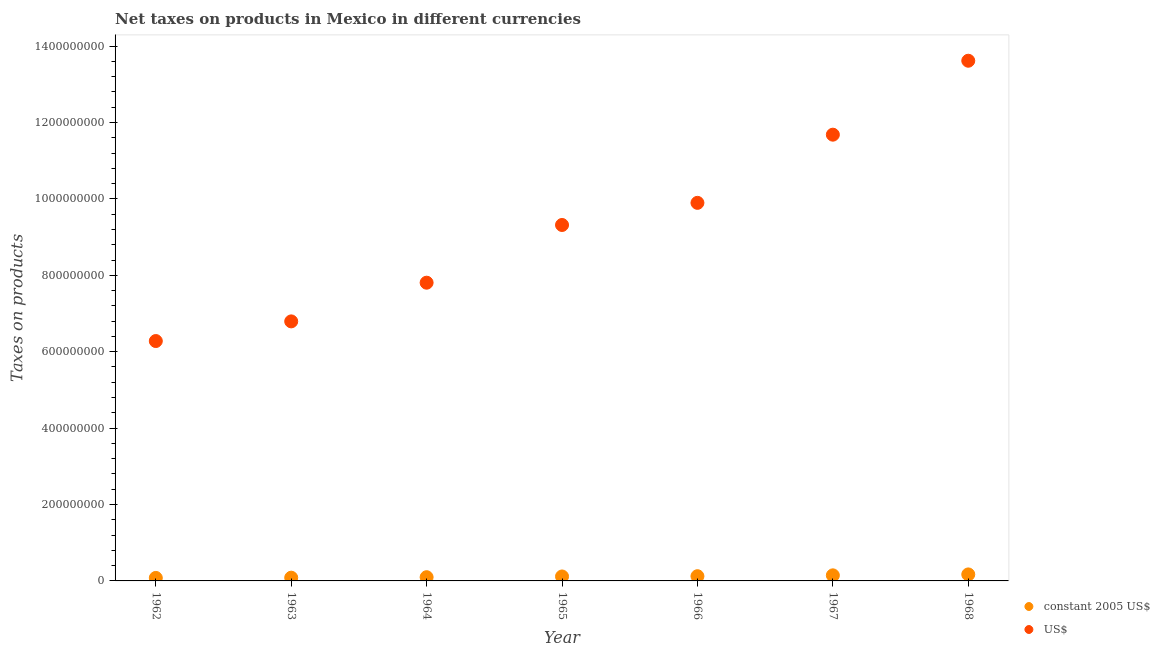
| Year | constant 2005 US$ | US$ |
 | --- | --- | --- |
 | 1962 | 7.85e+06 | 6.28e+08 |
 | 1963 | 8.49e+06 | 6.79e+08 |
 | 1964 | 9.76e+06 | 7.81e+08 |
 | 1965 | 1.16e+07 | 9.32e+08 |
 | 1966 | 1.24e+07 | 9.9e+08 |
 | 1967 | 1.46e+07 | 1.17e+09 |
 | 1968 | 1.7e+07 | 1.36e+09 |